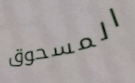
المسحوق